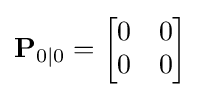
\mathbf {P} _{0\mid 0}={\begin{bmatrix}0&0\\0&0\end{bmatrix}}